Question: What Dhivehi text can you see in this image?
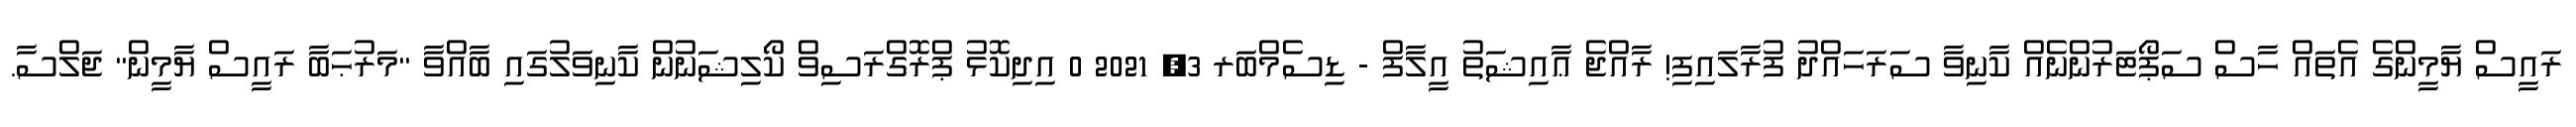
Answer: ރައީސް ޔާމީންގެ އެތައް ހާސް ސަޕޯޓަރުންނެއް ކާނިވާ ސަރަހައްދު ފުރާލައިފި! ރާއްޖެ ޢާއިޝަތު އީލާފް - ޑިސެމްބަރ 3, 2021 0 އިދިކޮޅު ޕްރޮގްރަސިވް ކޯލިޝަނުން ކާނިވަލުގައި ބާއްވާ "މަރުޙަބާ ރައީސް ޔާމީން" ޖަލްސާ.